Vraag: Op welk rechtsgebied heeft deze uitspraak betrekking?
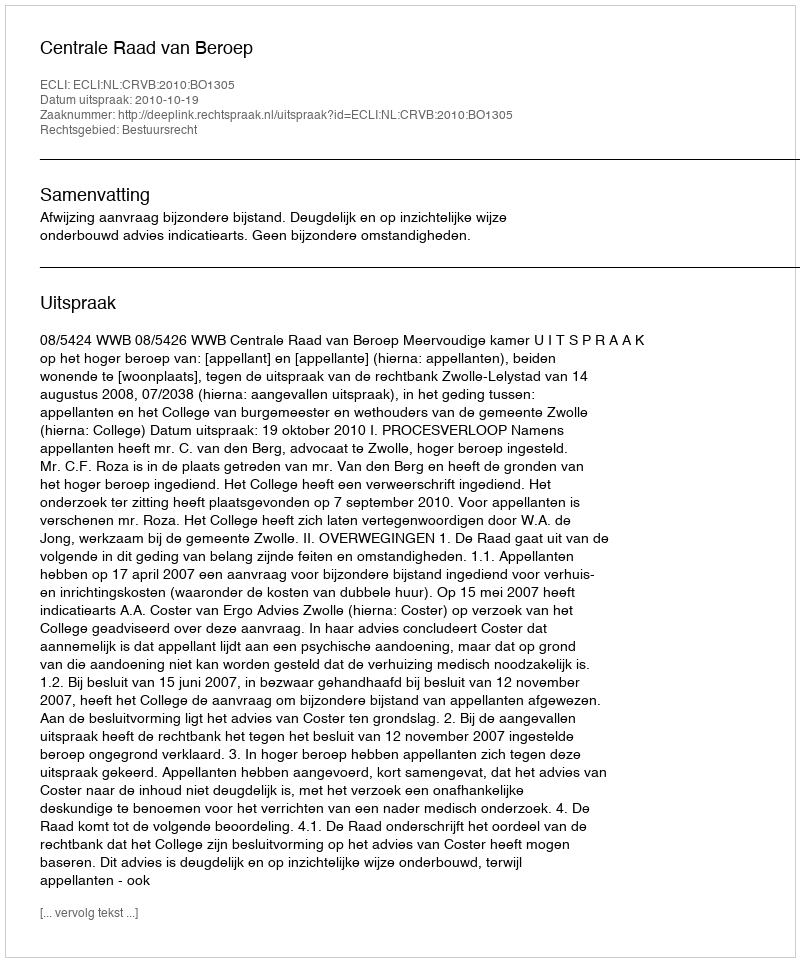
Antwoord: Bestuursrecht